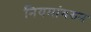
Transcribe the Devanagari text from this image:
नियमांवरुन